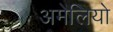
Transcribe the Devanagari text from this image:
अमेलियो